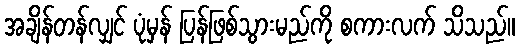
အချိန်တန်လျှင် ပုံမှန် ပြန်ဖြစ်သွားမည်ကို စကားလက် သိသည်။